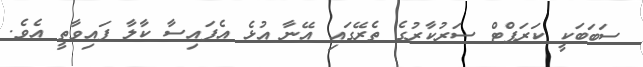
ސަބަބަކީ ކަރަޕްޓް ސަރުކާރުގެ ތެރޭގައި އޭނާ އުޅެ އެފައިސާ ކާލާ ފައިވާތީ އެވެ.